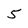
Character: 5